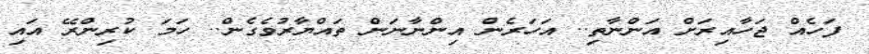
ފަހެއް ޖަހާއިރަށް އަންނާތި.. އަހަރެން އިންނާނަން ތައްޔާރުވެގެން.. ހަމަ ކުރިންރޭ އައި